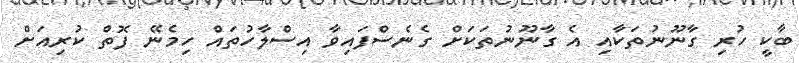
ބާކީ ހުރި ގާނޫނުތަކާއި އެ ގާނޫނުތަކަށް ގެނެސްފައިވާ އިސްލާހުތައް ހިމެނޭ ފޮތް ކުރިއަށް